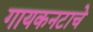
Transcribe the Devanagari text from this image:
गायकनटाचे